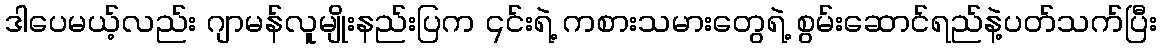
ဒါပေမယ့်လည်း ဂျာမန်လူမျိုးနည်းပြက ၎င်းရဲ့ ကစားသမားတွေရဲ့ စွမ်းဆောင်ရည်နဲ့ပတ်သက်ပြီး